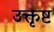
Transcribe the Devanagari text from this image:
उक्तृष्ट